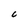
Character: C